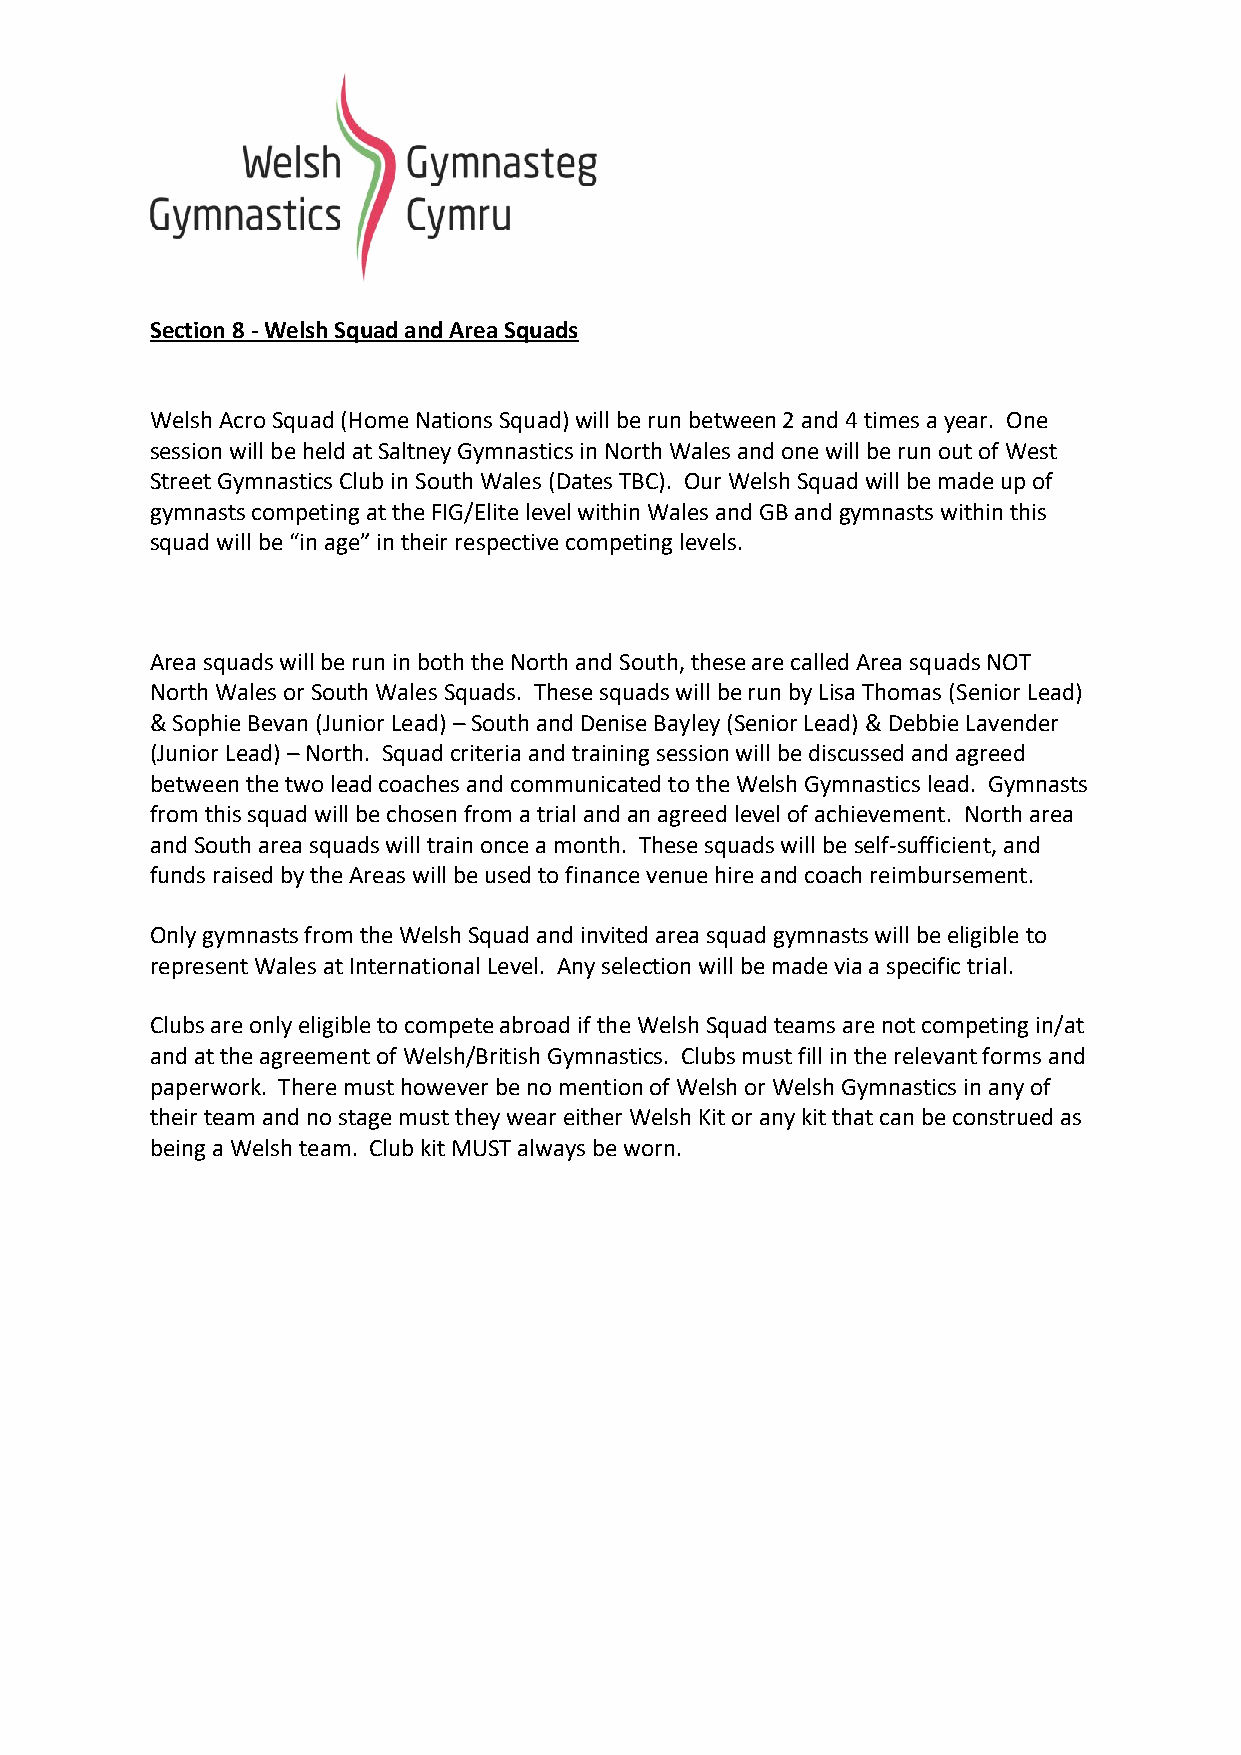
Section 8 - Welsh Squad and Area Squads
 Welsh Acro Squad (Home Nations Squad) will be run between 2 and 4 times a year. One
 session will be held at Saltney Gymnastics in North Wales and one will be run out of West
 Street Gymnastics Club in South Wales (Dates TBC). Our Welsh Squad will be made up of
 gymnasts competing at the FIG/Elite level within Wales and GB and gymnasts within this
 squad will be “in age” in their respective competing levels.
 Area squads will be run in both the North and South, these are called Area squads NOT
 North Wales or South Wales Squads. These squads will be run by Lisa Thomas (Senior Lead)
 & Sophie Bevan (Junior Lead) – South and Denise Bayley (Senior Lead) & Debbie Lavender
 (Junior Lead) – North. Squad criteria and training session will be discussed and agreed
 between the two lead coaches and communicated to the Welsh Gymnastics lead. Gymnasts
 from this squad will be chosen from a trial and an agreed level of achievement. North area
 and South area squads will train once a month. These squads will be self-sufficient, and
 funds raised by the Areas will be used to finance venue hire and coach reimbursement.
 Only gymnasts from the Welsh Squad and invited area squad gymnasts will be eligible to
 represent Wales at International Level. Any selection will be made via a specific trial.
 Clubs are only eligible to compete abroad if the Welsh Squad teams are not competing in/at
 and at the agreement of Welsh/British Gymnastics. Clubs must fill in the relevant forms and
 paperwork. There must however be no mention of Welsh or Welsh Gymnastics in any of
 their team and no stage must they wear either Welsh Kit or any kit that can be construed as
 being a Welsh team. Club kit MUST always be worn.